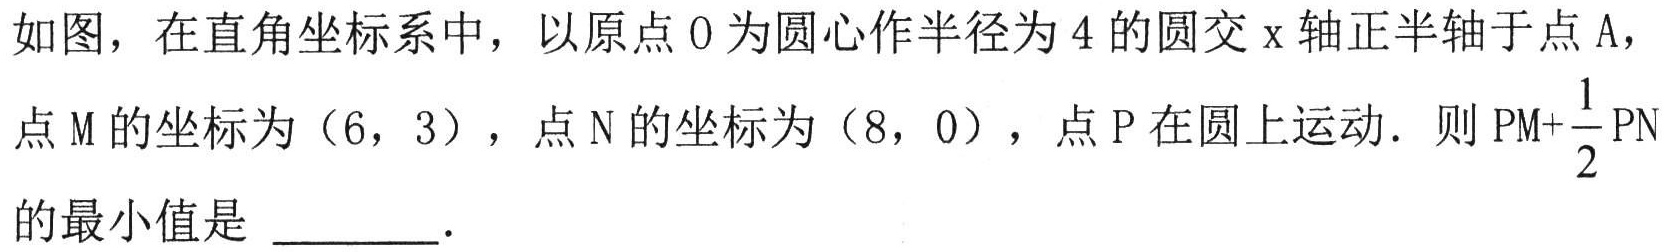
如图，在直角坐标系中，以原点\(O\)为圆心作半径为\(4\)的圆交\(x\)轴正半轴于点\(A\)，点\(M\)的坐标为\((6,3)\)，点\(N\)的坐标为\((8,0)\)，点\(P\)在圆上运动．则\(PM + \dfrac{1}{2}PN\)的最小值是 \_\_\_\_\_．